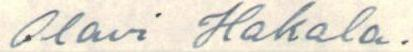
Olavi Hakala.